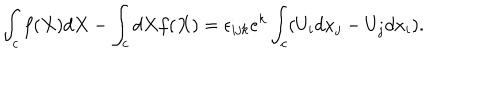
LaTeX: \int _ { c } f ( X ) d X - \int _ { c } d X f ( X ) = \epsilon _ { i j k } e ^ { k } \int _ { c } ( U _ { i } d x _ { j } - U _ { j } d x _ { i } ) .